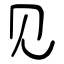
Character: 见